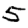
Digit: 5